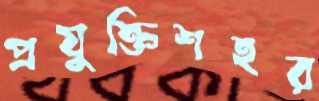
প্রযুক্তিশহর